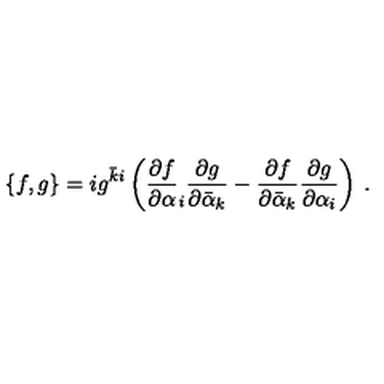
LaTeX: \{ f , g \} = i g ^ { \bar { k } i } \left( \frac { \partial f } { \partial \alpha } _ { i } \frac { \partial g } { \partial \bar { \alpha } _ { k } } - \frac { \partial f } { \partial \bar { \alpha } _ { k } } \frac { \partial g } { \partial \alpha _ { i } } \right) \: .